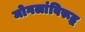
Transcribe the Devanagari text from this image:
मोगलांविरूद्ध